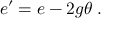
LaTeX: e ^ { \prime } = e - 2 g \theta \; .